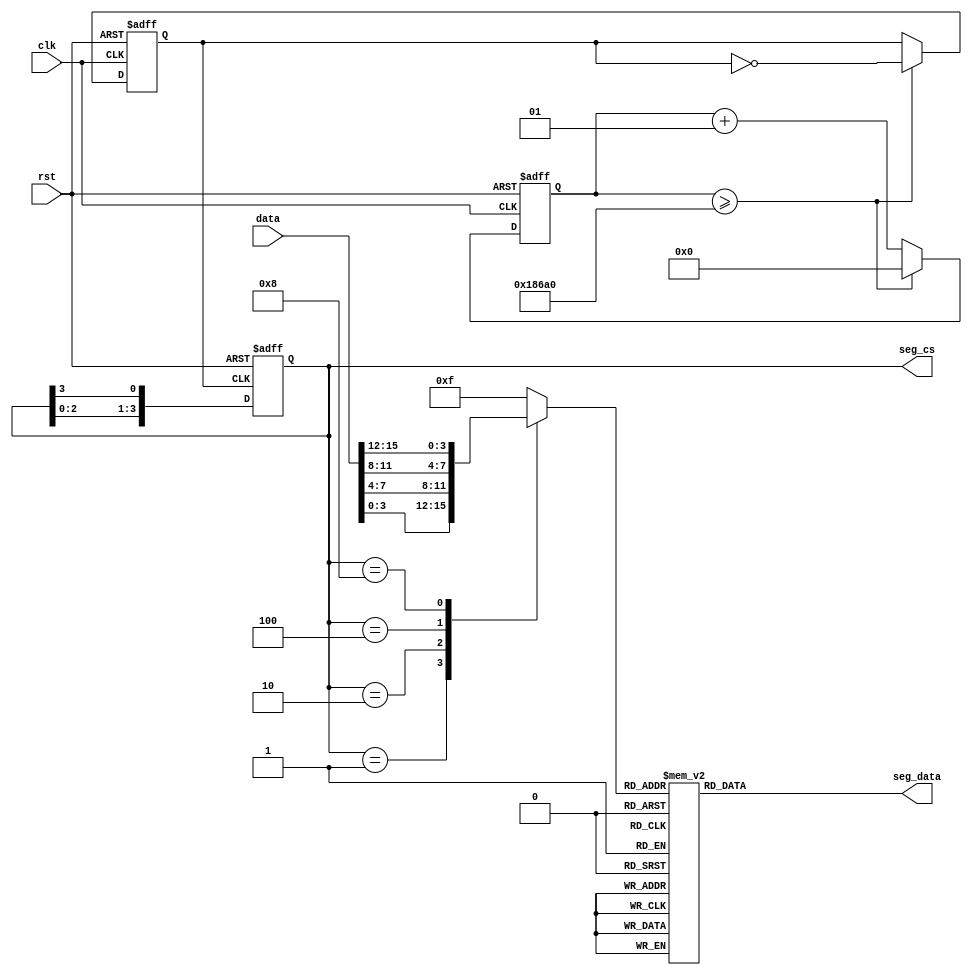
`timescale 1ns / 1ps
//////////////////////////////////////////////////////////////////////////////////
// Company: Tianjin University
// 
// Design Name: 
// Module Name: display_7seg
// Project Name: 
// Target Devices: 
// Tool Versions: 
// Description: 
// 
// Dependencies: 
// 
// Revision:
// Revision 0.01 - File Created
// Additional Comments:
// 
//////////////////////////////////////////////////////////////////////////////////

/**/
module display_7seg(
        input clk,       	           //(100MHz)
        input rst,                     
        input [15:0]data,              //16bits4bits
        output reg [7:0] seg_data,     //BCD()
        output reg [3:0] seg_cs        //
    );

reg  	clk_500hz;              //
integer clk_cnt;              //32??????????????????????????????0
always @(posedge clk or posedge rst)
begin
    if(rst)   
    begin    
        clk_500hz<=0;    
        clk_cnt<=0;           
    end
    else     
    begin
        if(clk_cnt>=100_000)            //??????????????
        begin
            clk_cnt<= 0;
            clk_500hz<=~clk_500hz;
        end
        else   
        begin   
            clk_cnt<= clk_cnt+1;
        end
    end 
end

//reg [3:0] seg_cs;                              //???????????????reg
//???500hz????????????????????,???????4??b0001
always@(posedge  clk_500hz or posedge rst)   
      if(rst)   seg_cs <= 4'b0001;           
      else      seg_cs <= {seg_cs [2:0], seg_cs [3]}; //??????????????
    
reg [3:0]dis_data;                         //?????????4??16????????
always@(seg_cs or data)                         //????????????????2ms?????
   case(seg_cs)
   4'b0001: dis_data <= data[3:0];    //????????????????????
   4'b0010: dis_data <= data[7:4]; 	
   4'b0100: dis_data <= data[11:8];
   4'b1000: dis_data <= data[15:12]; 
   default:  dis_data  <= 4'hf;                      //?????????????????
   endcase

//reg [7:0] seg_data;
 always @(dis_data )   //4-16????
     case(dis_data )
     04'h0: seg_data = 8'h3F;
     04'h1: seg_data = 8'h06;
     04'h2: seg_data = 8'h5B;
     04'h3: seg_data = 8'h4F;
     04'h4: seg_data = 8'h66;
     04'h5: seg_data = 8'h6D;
     04'h6: seg_data = 8'h7D;
     04'h7: seg_data = 8'h07;
     04'h8: seg_data = 8'h7F;
     04'h9: seg_data = 8'h6F;
     04'ha: seg_data = 8'h77;
     04'hb: seg_data = 8'h7C;
     04'hc: seg_data = 8'h39;
     04'hd: seg_data = 8'h5E;
     04'he: seg_data = 8'h79;
     04'hf: seg_data =  8'h40;//8'h71;
     default: seg_data = 8'hFF;
     endcase

endmodule